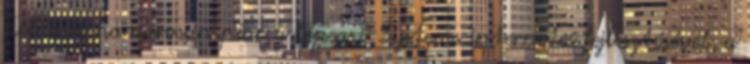
például hamarosan piacra lép a T-Systems internetes fejlesztésével, a